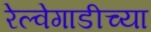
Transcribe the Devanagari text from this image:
रेल्वेगाडीच्या